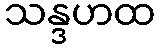
သန္ဒဟထ